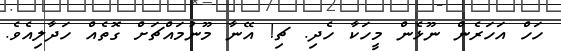
ހަހް އަހަރެން ނޫޅެން މީހަކާ ހެދި. ޗި! އޭނާ މޫނުމައްޗަށް ގޮތެއް ހަދާލިއެވެ.